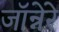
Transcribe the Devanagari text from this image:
जॉन्नेरे